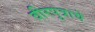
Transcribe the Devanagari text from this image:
वीरपुत्राचे